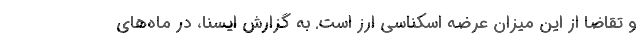
و تقاضا از این میزان عرضه اسکناسی ارز است. به گزارش ایسنا، در ماه‌های